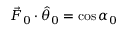
\vec { F } _ { 0 } \cdot \hat { \theta } _ { 0 } = \cos \alpha _ { 0 }